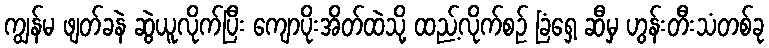
ကျွန်မ ဖျတ်ခနဲ ဆွဲယူလိုက်ပြီး ကျောပိုးအိတ်ထဲသို့ ထည့်လိုက်စဉ် ခြံရှေ့ ဆီမှ ဟွန်းတီးသံတစ်ခု